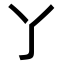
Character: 𬼸